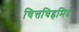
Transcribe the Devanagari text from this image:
चित्तचिह्नमिदं